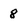
Character: 8